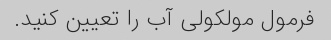
فرمول مولکولی آب را تعیین کنید.